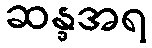
ဆန္ဒအရ